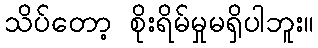
သိပ်တော့ စိုးရိမ်မှုမရှိပါဘူး။